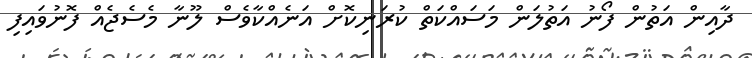
ދާއިން އަތުން ފޯނު އަތުލަން މަސައްކަތް ކުރަނިކޮށް އަނެއްކާވެސް ލޫނާ މެސެޖެއް ފޮނުވައިފި